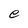
Character: e